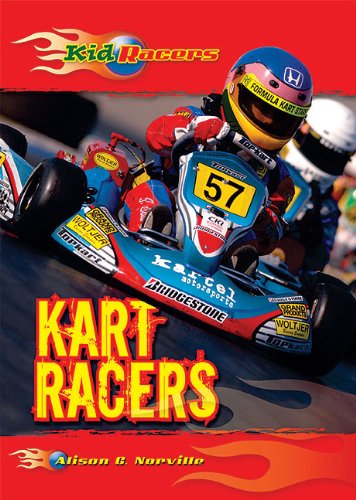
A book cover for Kart Racers (Kid Racers); Alison G. Norville; Children's Books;